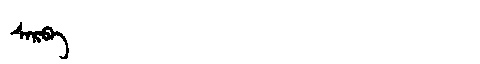
Manchu: ᠰᠠᡵᠪᠠ
Romanization: SARBA